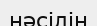
нәсілін